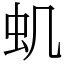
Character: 虮